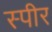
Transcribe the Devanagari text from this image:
स्पीर